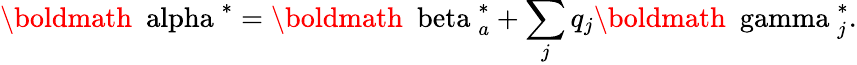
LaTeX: {\mathrm{\boldmath~\ alpha~}}^{*}={\mathrm{\boldmath~\ beta~}}_{a}^{*}+\sum_{j}q_{j}{\mathrm{\boldmath~\ gamma~}}_{j}^{*}.